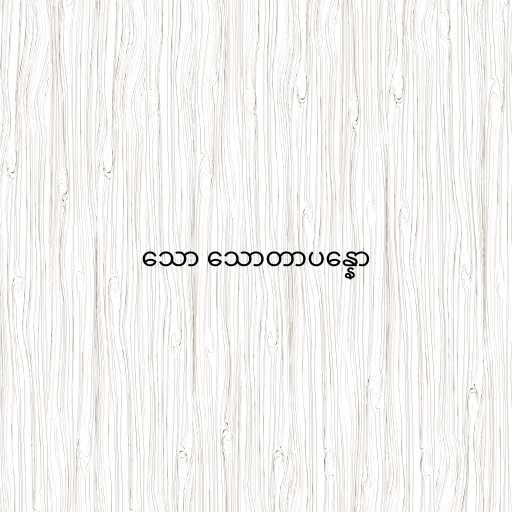
သော သောတာပန္နော